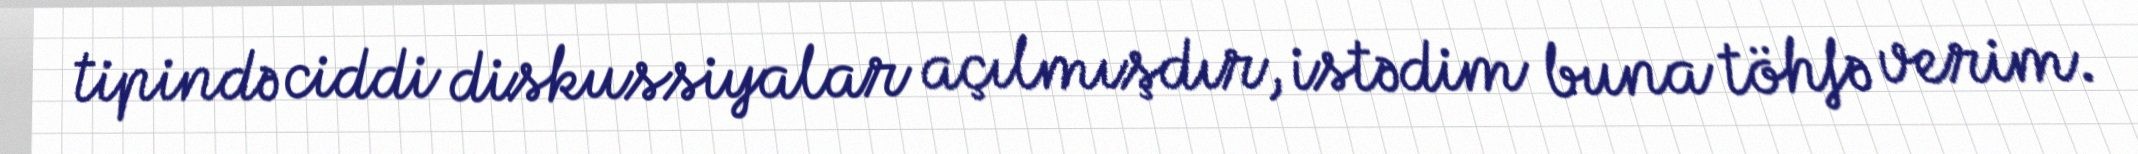
tipində ciddi diskussiyalar açılmışdır, istədim buna töhfə verim.